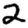
Digit: 2